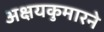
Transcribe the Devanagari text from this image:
अक्षयकुमारने